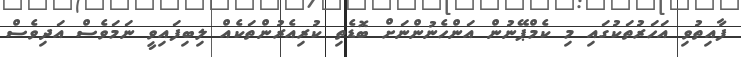
ފާއިތުވި އަހަރުތަކުގައި މި ކެމްޕޭނުން އަންހެނުންނަށް ބޮޑެތި ކުރިއެރުންތަކެއް ލިބިފައިވީ ނަމަވެސް އަދިވެސް